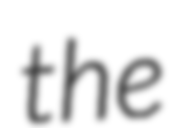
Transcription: the